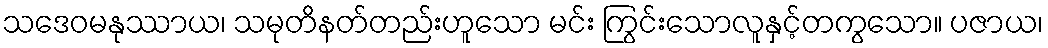
သဒေဝမနုဿာယ၊ သမုတိနတ်တည်းဟူသော မင်း ကြွင်းသောလူနှင့်တကွသော။ ပဇာယ၊